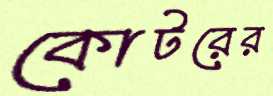
কোটরের